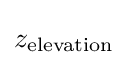
z_{\text{elevation}}